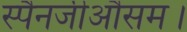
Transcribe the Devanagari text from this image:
स्पैनजीऔसम।